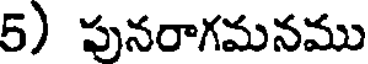
5) పునరాగమనము